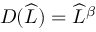
D ( \widehat { L } ) = \widehat { L } ^ { \beta }